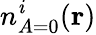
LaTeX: {n_{A=0}^{\mathit{i}}(\mathbf{{r}})}